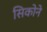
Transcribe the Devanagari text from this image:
सिकोने